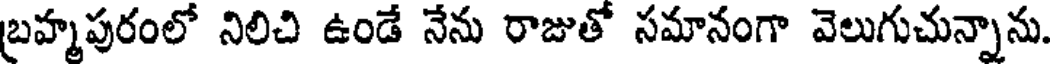
బ్రహ్మపురంలో నిలిచి ఉండే నేను రాజుతో సమానంగా వెలుగుచున్నాను.